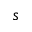
s